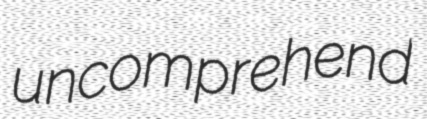
uncomprehend